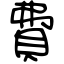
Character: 費